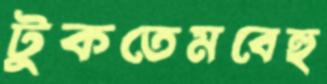
টুকতেমবেহু